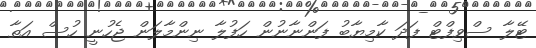
ޓޭލާ ސްވިފްޓް ފަދަ ކާމިޔާބު ފަންނާނުން ހަފުލާ ނިންމާލަން ޖެހުނީ ހުސް އަތާ